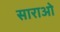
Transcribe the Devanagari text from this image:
साराओ